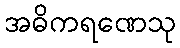
အဓိကရဏေသု